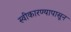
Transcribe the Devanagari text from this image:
स्वीकारण्यापासून